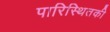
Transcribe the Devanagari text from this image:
पारिस्थितकी